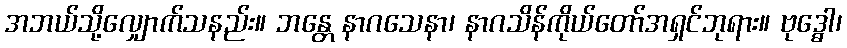
အဘယ်သို့လျှောက်သနည်း။ ဘန္တေ နာဂသေနာ၊ နာဂသိန်ကိုယ်တော်အရှင်ဘုရား။ ဗုဒ္ဓေါ၊